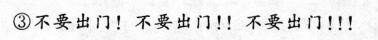
③不要出门！不要出门！！不要出门！！！